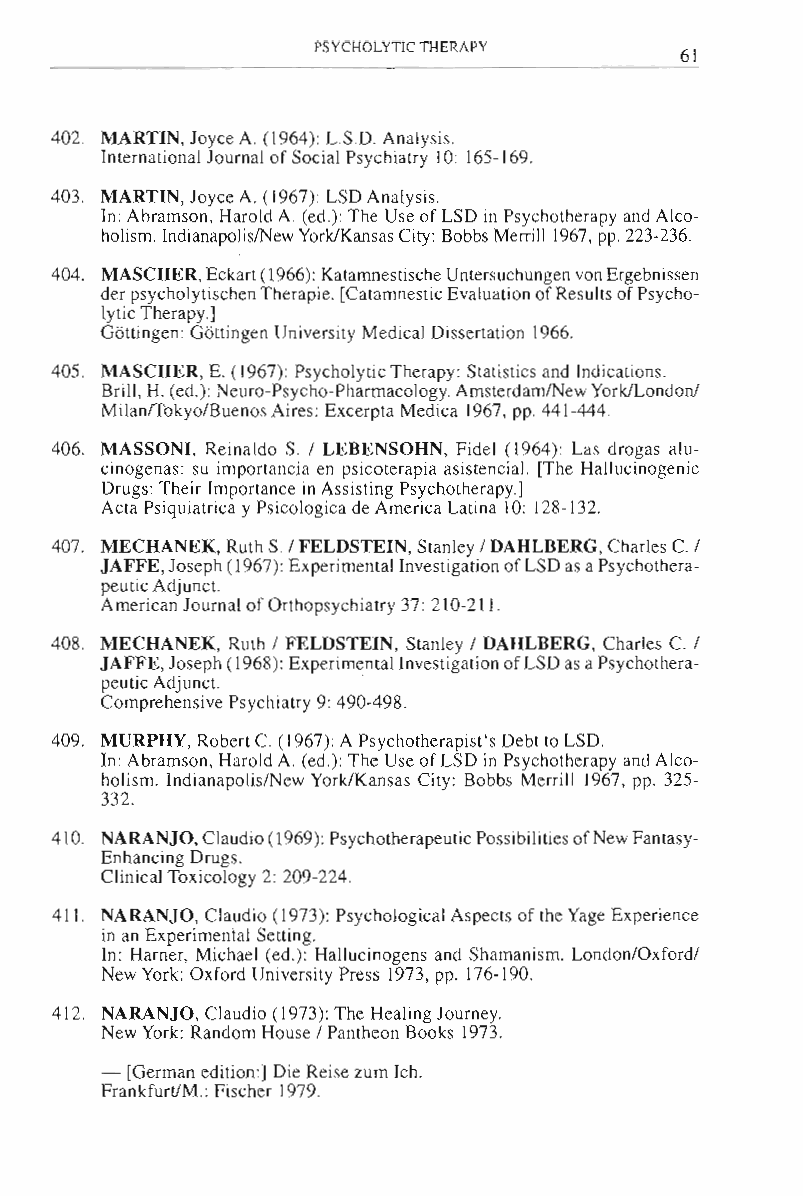
PSYCHOLYTIC THERAPY
 61
 402. MARTIN, Joyce A. (1964): LS.D. Analysis.
 International Journal of Social Psychiatry 10: 165-169.
 403. MARTIN, Joyce A. (1967): LSD Analysis.
 In: Abramson, Harold A. (ed.): The Use of LSD in Psychotherapy and Alco­
 holism. IndianapolisiNew York/Kansas City: Bobbs Merrill 1967, pp. 223-236.
 404. MASCHER, Eckart (1966): Katamnestische Untersuchungen von Ergebnissen
 der psycholytischen Therapie. [Catamnestic Evaluation of Results of Psycho­
 lytic Therapy.]
 Gottingen: Gottingen University Medical Dissertation 1966.
 405. MASCHER, E. (1967): Psycholytic Therapy: Statistics and Indications.
 Brill, H. (ed.): Neuro-Psycho-Pharmacology. Amsterdam/New York/London!
 MilanfTokyo/BuenosAires: Excerpta Medica 1967, pp. 441-444.
 406. MASSONI, Reinaldo S. / LEBENSOHN, Fidel (1964): Las drogas alu­
 cinogenas: su importancia en psicoterapia asistenciaL [The Hallucinogenic
 Drugs: Their Importance in Assisting Psychotherapy.]
 Acta Psiquiatrica y Psicologica de America Latina 10: 128-132.
 407. MECHANEK, Ruth S / FELDSTEIN, Stanley / DAHLBERG, Charles C. /
 JAFFE, Joseph (1967): Experimental Investigation of LSD as a Psychothera­
 peutic Adjunct.
 American Journal of Orthopsychiatry 37: 210-211.
 408. MECHANEK, Ruth / FELDSTEIN, Stanley / DAHLBERG, Charles C. /
 JAFFE, Joseph (1968): Experimental Investigation of LSD as a Psychothera­
 peutic Adjunct.  .
 Comprehensive Psychiatry 9: 490-498.
 409. MURPHY, Robert C. (1967): A Psychotherapist's Debt to LSD.
 In: Abramson, Harold A. (ed.): The Use of LSD in Psychotherapy and Alco­
 holism. Indianapolis/New York/Kansas City: Bobbs Merrill 1967, pp. 325­
 332.
 410. NARANJO, Cl audio (1969): Psychotherapeutic Possibilities of New Fantasy­
 Enhancing Drugs.
 Clinical Toxicology 2: 209-224.
 41 I. NARANJO, Claudio (1973): Psychological Aspects of the Yage Experience
 in an Experimental Setting.
 In: Harner, Michael (ed.): Hallucinogens and Shamanism. London/Oxford/
 New York: Oxford University Press 1973, pp. 176-190.
 412. NARANJO, Claudio (1973): The Healing Journey.
 New York: Random House / Pantheon Books 1973.
 - [German edition:] Die Reise zum Ich.
 Frankfurt/M.: Fischer 1979.